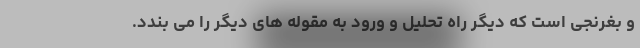
و بغرنجی است که دیگر راه تحلیل و ورود به مقوله های دیگر را می بندد.